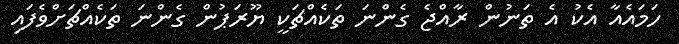
ހަމައެއާ އެކު އެ ތަނުން ރާއްޖެ ގެންނަ ތަކެއްޗަކީ ޔޫރަޕުން ގެންނަ ތަކެއްޗަށްވެފައި